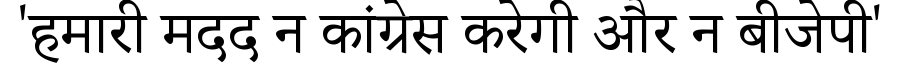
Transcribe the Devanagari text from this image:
'हमारी मदद न कांग्रेस करेगी और न बीजेपी'